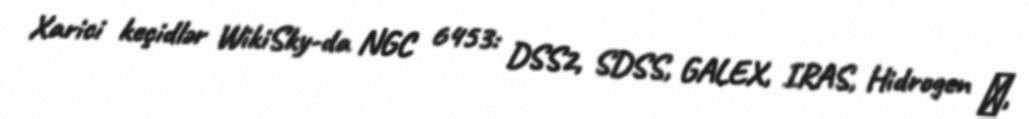
Xarici keçidlər WikiSky-da NGC 6453: DSS2, SDSS, GALEX, IRAS, Hidrogen α,